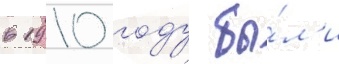
в 1910 году бы́л'и